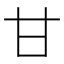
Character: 甘